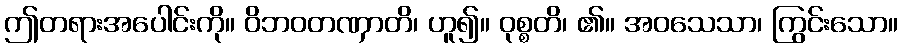
ဤတရားအပေါင်းကို။ ဝိဘဝတဏှာတိ၊ ဟူ၍။ ဝုစ္စတိ၊ ၏။ အဝသေသာ၊ ကြွင်းသော။